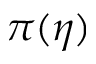
\pi ( \eta )